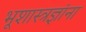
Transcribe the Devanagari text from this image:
भूशास्त्रज्ञांना